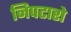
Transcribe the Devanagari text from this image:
निपटारो